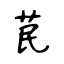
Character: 苠